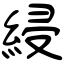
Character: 綅